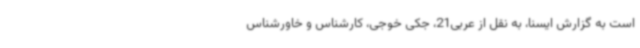
است به گزارش ایسنا، به نقل از عربی21، جکی خوجی، کارشناس و خاورشناس